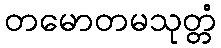
တမောတမသုတ္တံ